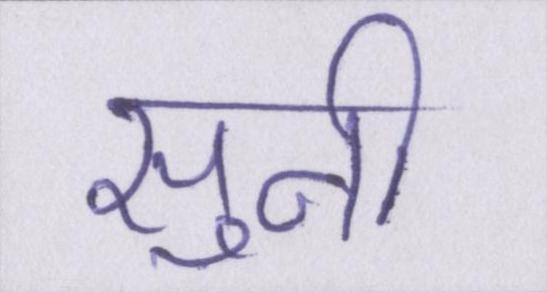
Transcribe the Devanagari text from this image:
सुनी